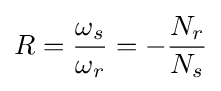
R={\frac {\omega _{s}}{\omega _{r}}}=-{\frac {N_{r}}{N_{s}}}